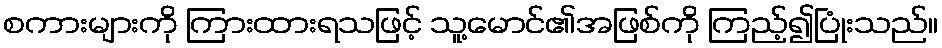
စကားများကို ကြားထားရသဖြင့် သူ့မောင်၏အဖြစ်ကို ကြည့်၍ပြုံးသည်။